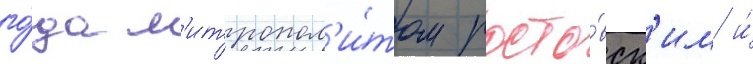
го́да м'итропол'и́том росто́вск'им и́